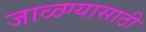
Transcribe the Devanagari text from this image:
जाळ्ण्यासाठी